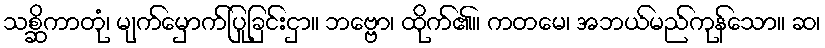
သစ္ဆိကာတုံ၊ မျက်မှောက်ပြုခြင်းငှာ။ ဘဗ္ဗော၊ ထိုက်၏။ ကတမေ၊ အဘယ်မည်ကုန်သော။ ဆ၊